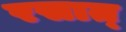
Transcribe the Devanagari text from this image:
रसात्